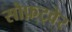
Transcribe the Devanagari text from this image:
सौफ़्ट्वेर